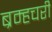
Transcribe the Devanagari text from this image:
ब्रम्हचरी